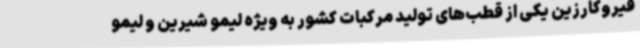
قیروکارزین یکی از قطب‌های تولید مرکبات کشور به ویژه لیمو شیرین و لیمو